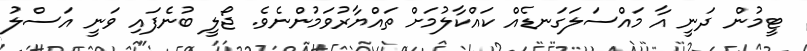
ޓީމުން ދަނީ އާ މައްސަލަގަނޑެއް ކައްކާލުމަށް ތައްޔާރުވަމުންނެވެ. ޖޯލީ ބުނެފައި ވަނީ އަސްލު